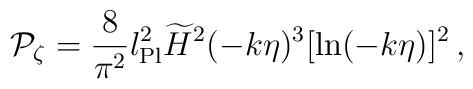
{\cal P}_{\zeta} = {8\over\pi^2} l_{\rm Pl}^2\widetilde{H}^2 (-k\eta)^3[\ln(-k\eta)]^2 \, ,